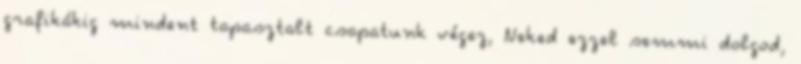
grafikákig mindent tapasztalt csapatunk végez, Neked ezzel semmi dolgod,